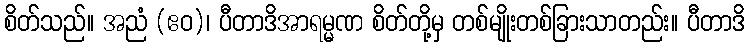
စိတ်သည်။ အညံ (ဧဝ)၊ ပီတာဒိအာရမ္မဏ စိတ်တို့မှ တစ်မျိုးတစ်ခြားသာတည်း။ ပီတာဒိ